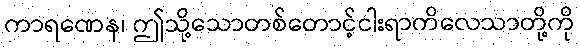
ကာရဏေန၊ ဤသို့သောတစ်တောင့်ငါးရာကိလေသာတို့ကို